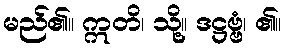
မည်၏။ ဣတိ၊ သို့။ ဒဋ္ဌဗ္ဗံ၊ ၏။